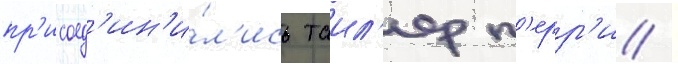
пр'исоед'ин'и́л'ись таил'ер п'ерр'и /